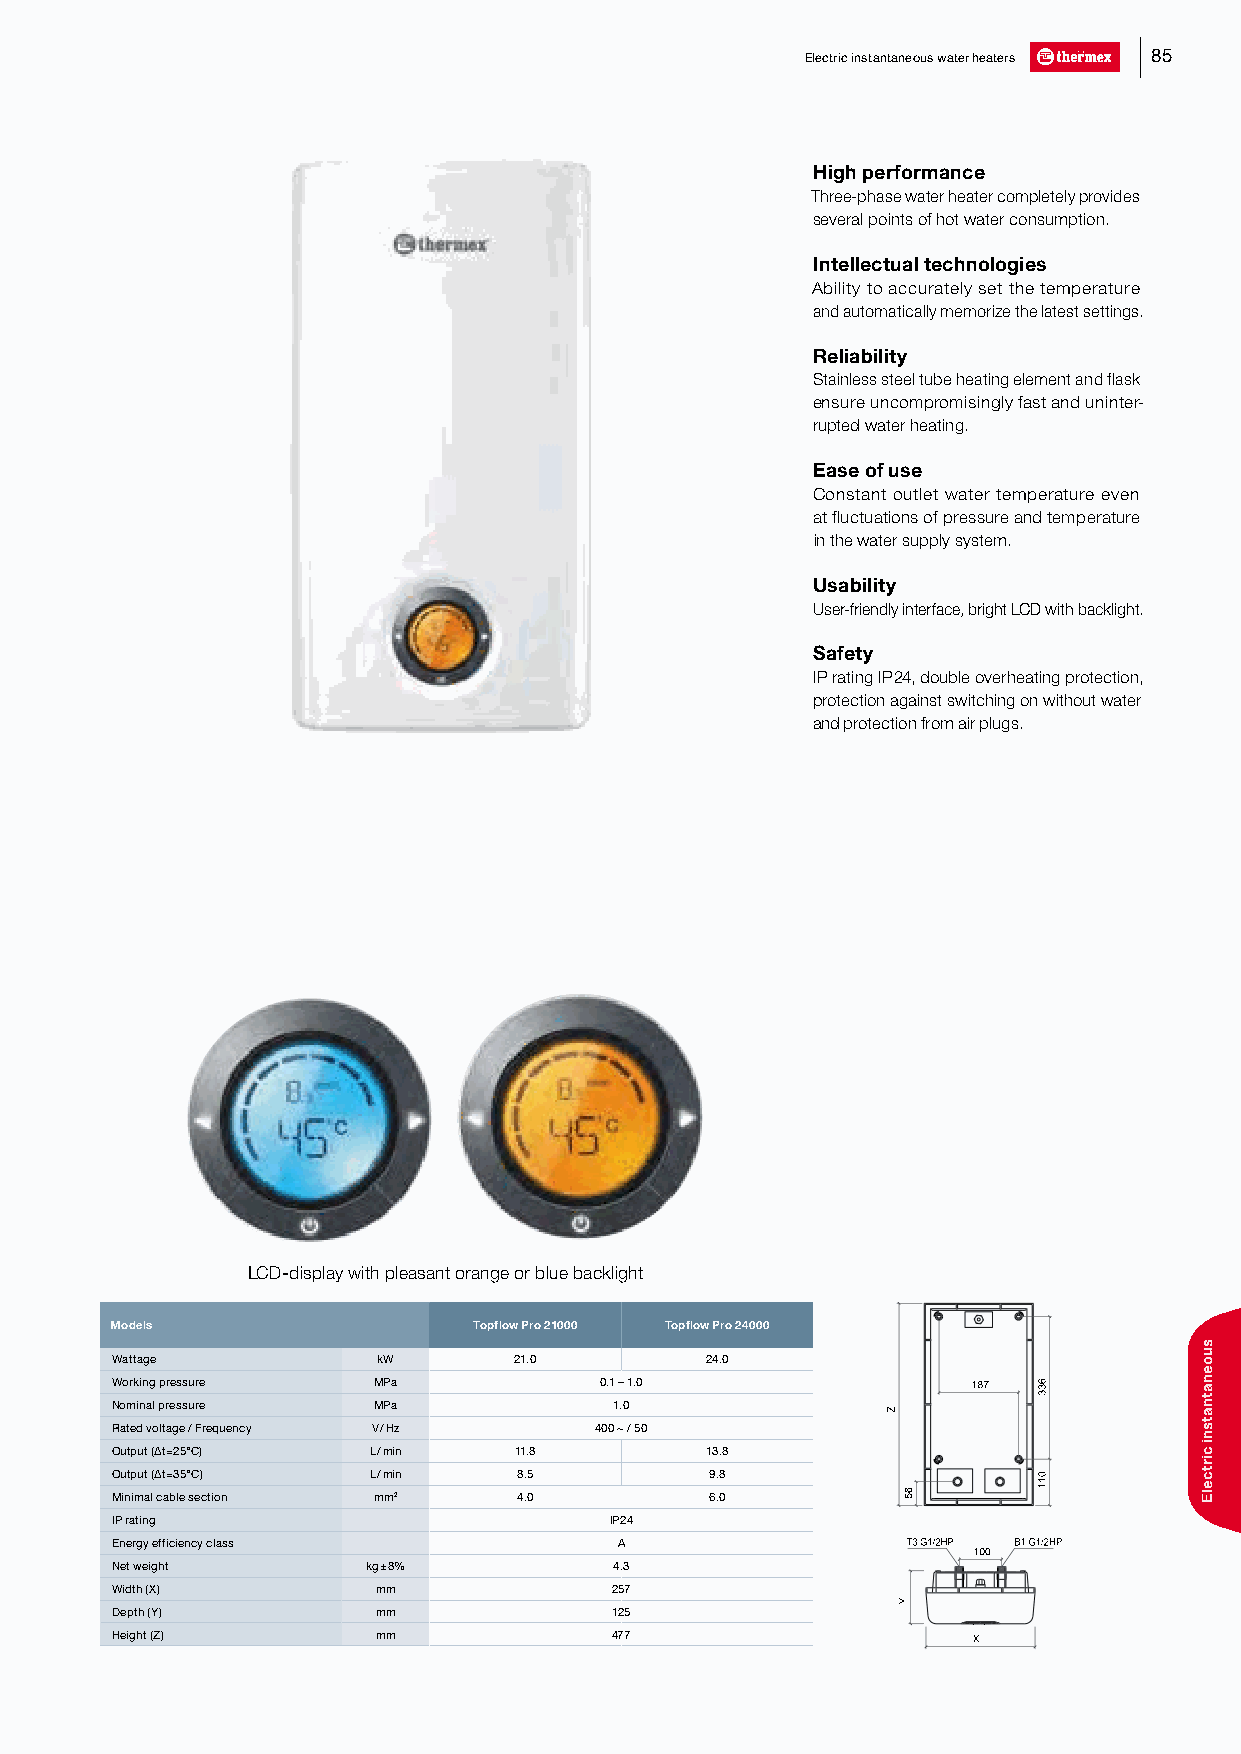
Electric instantaneous water heaters 85
 High performance
 Three-phase water heater completely provides
 several points of hot water consumption.
 Intellectual technologies
 Ability to accurately set the temperature
 and automatically memorize the latest settings.
 Reliability
 Stainless steel tube heating element and flask
 ensure uncompromisingly fast and uninter-
 rupted water heating.
 Ease of use
 Constant outlet water temperature even
 at fluctuations of pressure and temperature
 in the water supply system.
 Usability
 User-friendly interface, bright LCD with backlight.
 Safety
 IP rating IP 24, double overheating protection,
 protection against switching on without water
 and protection from air plugs.
 LCD-display with pleasant orange or blue backlight
 Models                  Topflow Pro 21000 Topflow Pro 24000
 Wattage           kW       21.0         24.0
 Working pressure  MPa            0.1 – 1.0               1877
 Nominal pressure  MPa             1.0
 Rated voltage / Frequency V / Hz 400 ~ / 50
 Output (∆t=25°С) L / min   11.8         13.8
 Output (∆t=35°С) L / min   8.5          9.8
 Minimal cable section mm2  4.0          6.0
 IP rating                        IP24
 Energy efficiency class           A                  T3G1/2HHPP B1G1/2HHPP
 1000
 Net weight       kg ± 8%          4.3
 Width (X)         mm             257
 Depth (Y)         mm             125
 Height (Z)        mm             477                     X
 Z
 6655
 Y
 6633
 0011
 suoenatnatsni
 cirtcelE